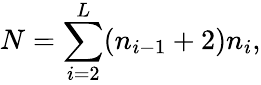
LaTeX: N=\sum_{i=2}^{L}(n_{i-1}+2)n_{i},